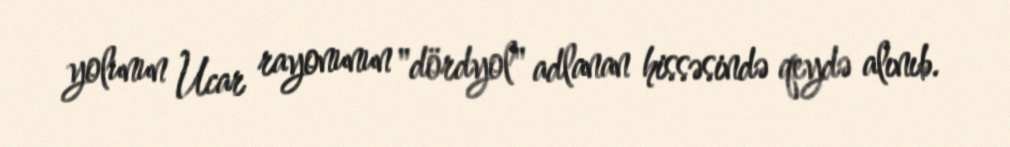
yolunun Ucar rayonunun "dördyol" adlanan hissəsində qeydə alınıb.